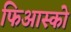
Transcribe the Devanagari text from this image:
फिआस्को